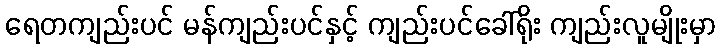
ရေတကျည်းပင် မန်ကျည်းပင်နှင့် ကျည်းပင်ခေါ်ရိုး ကျည်းလူမျိုးမှာ